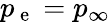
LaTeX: p_{\mathrm{~e~}}=p_{\infty}